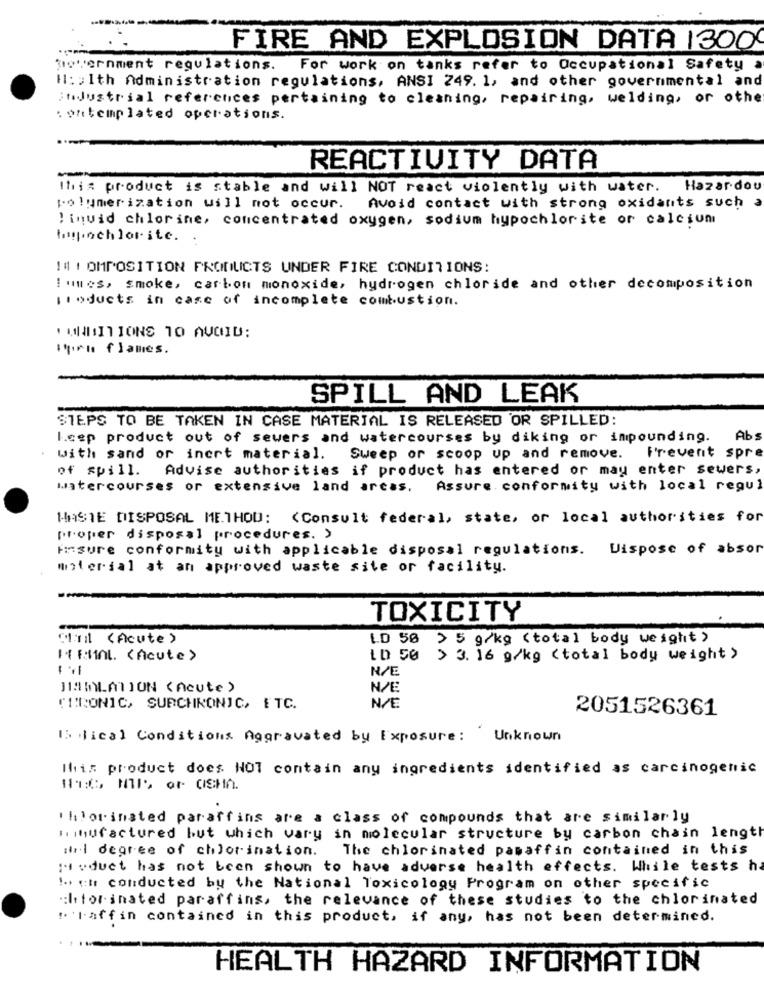
FIRE AND EXPLOSION DATA 1300
tovernment regulations.
For work on tanks refer to Occupational Safety a
H :: Ith Administration regulations, ANSI 249. 1, and other governmental and
industrial references pertaining to cleaning, repairing, welding, or other
contemplated operations.
REACTIVITY DATA
This product is stable and will NOT react violently with water. Hazardou
polymerization will not occur. Avoid contact with strong oxidants such a
liquid chlorine, concentrated oxygen, sodium hypochlorite or calcium
|| | OMPOSITION PRODUCTS UNDER FIRE CONDITIONS:
Iques, smoke, carbon monoxide, hydrogen chloride and other decomposition
products in case of incomplete combustion.
*UNDITIONS TO AVOID:
In flames.
SPILL AND LEAK
STEPS TO BE TAKEN IN CASE MATERIAL IS RELEASED OR SPILLED:
I.cep product out of sewers and watercourses by diking or impounding.
Abs
with sand or inert material. Sweep or scoop up and remove. Frevent spre
of spill. Advise authorities if product has entered or may enter sewers,
watercourses or extensive land arcas. Assure. conformity with local regul
WASTE DISPOSAL METHOD: < Consult federal, state, or local authorities for
proper disposal procedures. ›
Ensure conformity with applicable disposal regulations. Dispose of absor
material at an approved waste site or facility.
TOXICITY
Chill (Acute)
LD 50 > 5 g/kg (total body weight )
1 RAL. (Acute >
LD 50 > 3. 16 g/kg (total body weight >
N/E
N/E
TIMCONIC, SURCHRONIC, ETC.
N/E
2051526361
IS lical Conditions Aggravated by Exposure: Unknown
This product does NOT contain any ingredients identified as carcinogenic
chlorinated paraffins are a class of compounds that are similarly
hihufactured but which vary in molecular structure by carbon chain length
a degree of chlorination.
The chlorinated pamaffin contained in this
: vduet has not been shown to have adverse health effects. While tests h
! ctr conducted by the National Toxicology Program on other specific
chiforinated paraffins, the relevance of these studies to the chlorinated
" laffin contained in this product, if any, has not been determined.
HEALTH HAZARD INFORMATION